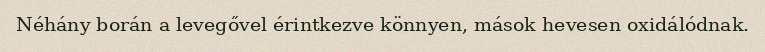
Néhány borán a levegővel érintkezve könnyen, mások hevesen oxidálódnak.